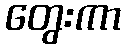
တွေးကာ